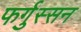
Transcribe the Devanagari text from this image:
फर्गुस्सन